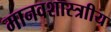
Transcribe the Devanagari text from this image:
मानवशास्त्राीय